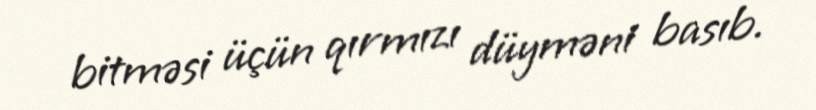
bitməsi üçün qırmızı düyməni basıb.